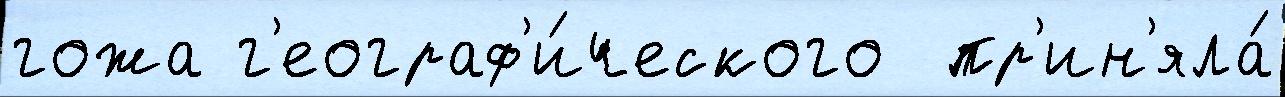
гожа г'еограф'и́ческого  пр'ин'яла́